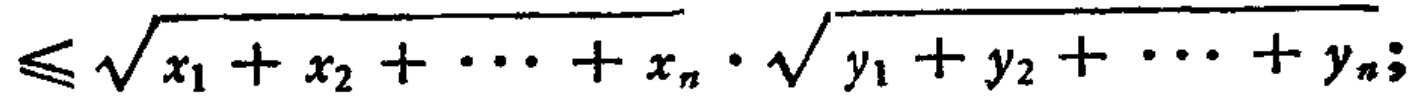
\leqslant \sqrt{x_{1}+x_{2}+\cdots +x_{n}}\cdot\sqrt{y_{1}+y_{2}+\cdots +y_{n}};